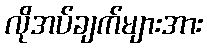
လိုအပ်ချက်များအား